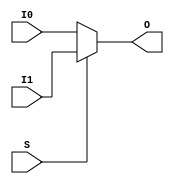
// $Header: /devl/xcs/repo/env/Databases/CAEInterfaces/verunilibs/data/unisims/MUXF5.v,v 1.11 2007/08/23 23:00:26 yanx Exp $
///////////////////////////////////////////////////////////////////////////////
// Copyright (c) 1995/2004 Xilinx, Inc.
// All Right Reserved.
///////////////////////////////////////////////////////////////////////////////
//   ____  ____
//  /   /\/   /
// /___/  \  /    Vendor : Xilinx
// \   \   \/     Version : 10.1
//  \   \         Description : Xilinx Functional Simulation Library Component
//  /   /                  2-to-1 Lookup Table Multiplexer with General Output
// /___/   /\     Filename : MUXF5.v
// \   \  /  \    Timestamp : Thu Mar 25 16:42:55 PST 2004
//  \___\/\___\
//
// Revision:
//    03/23/04 - Initial version.
//    02/04/05 - Rev 0.0.1 Remove input/output bufs; Remove unnessasary begin/end;
//    02/10/07 - When input same, output same for any sel value. (CR433761).
//    05/23/07 - Changed timescale to 1 ps / 1 ps.

`timescale  1 ps / 1 ps

module MUXF5 (O, I0, I1, S);

    output O;
    reg    O;

    input  I0, I1, S;

	always @(I0 or I1 or S)
	    if (S)
		O = I1;
	    else
		O = I0;
endmodule